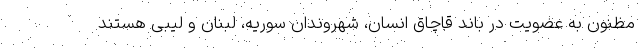
مظنون به عضویت در باند قاچاق انسان، شهروندان سوریه، لبنان و لیبی هستند